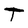
Character: T